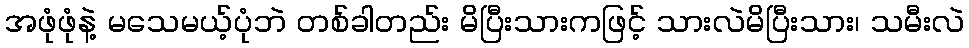
အဖုံဖုံနဲ့ မသေမယ့်ပုံဘဲ တစ်ခါတည်း မိပြီးသားကဖြင့် သားလဲမိပြီးသား၊ သမီးလဲ